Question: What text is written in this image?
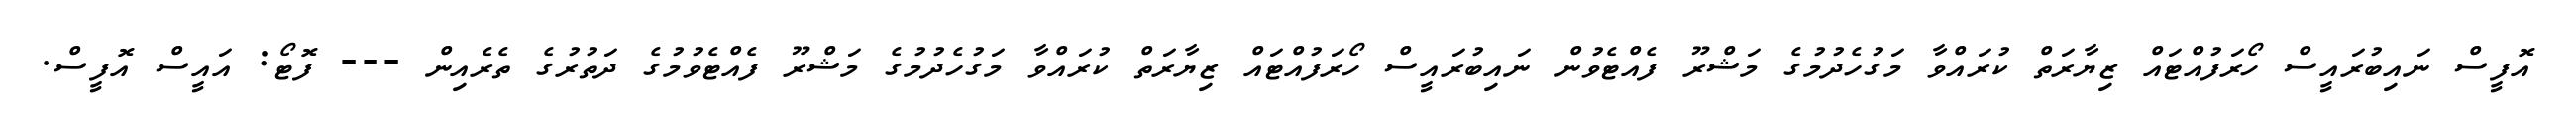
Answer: އޮފީސް ނައިބުރައީސް ހޯރަފުއްޓައް ޒިޔާރަތް ކުރައްވާ މަގުހެދުމުގެ މަޝްރޫ ފެއްޓެވުން ނައިބުރައީސް ހޯރަފުއްޓައް ޒިޔާރަތް ކުރައްވާ މަގުހެދުމުގެ މަޝްރޫ ފެއްޓެވުމުގެ ދަތުރުގެ ތެރެއިން --- ފޮޓޯ: އައީސް އޮފީސް.